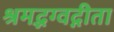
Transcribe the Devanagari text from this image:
श्रमद्भग्वद्गीता